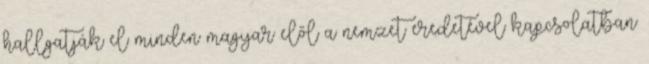
hallgatják el minden magyar elől a nemzet eredetével kapcsolatban